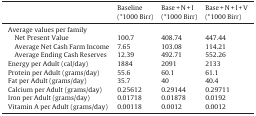
<table><thead><tr><td></td><td><b>Baseline</b></td><td><b>Base + N + I</b></td><td><b>Base + N + I + V</b></td></tr><tr><td></td><td><b>(*1000 Birr)</b></td><td><b>(*1000 Birr)</b></td><td><b>(*1000 Birr)</b></td></tr></thead><tbody><tr><td colspan="4">Average values per family</td></tr><tr><td> Net Present Value</td><td>100.7</td><td>408.74</td><td>447.44</td></tr><tr><td> Average Net Cash Farm Income</td><td>7.65</td><td>103.08</td><td>114.21</td></tr><tr><td> Average Ending Cash Reserves</td><td>12.39</td><td>492.71</td><td>552.26</td></tr><tr><td>Energy per Adult (cal/day)</td><td>1884</td><td>2091</td><td>2133</td></tr><tr><td>Protein per Adult (grams/day)</td><td>55.6</td><td>60.1</td><td>61.1</td></tr><tr><td>Fat per Adult (grams/day)</td><td>35.7</td><td>40</td><td>40.4</td></tr><tr><td>Calcium per Adult (grams/day)</td><td>0.25612</td><td>0.29144</td><td>0.29711</td></tr><tr><td>Iron per Adult (grams/day)</td><td>0.01718</td><td>0.01878</td><td>0.0192</td></tr><tr><td>Vitamin A per Adult (grams/day)</td><td>0.00118</td><td>0.0012</td><td>0.0012</td></tr></tbody></table>